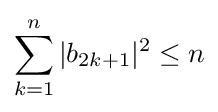
\sum _{k=1}^{n}|b_{2k+1}|^{2}\leq n